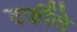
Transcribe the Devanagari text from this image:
वर्फीले